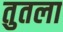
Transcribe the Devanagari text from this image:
तुतला